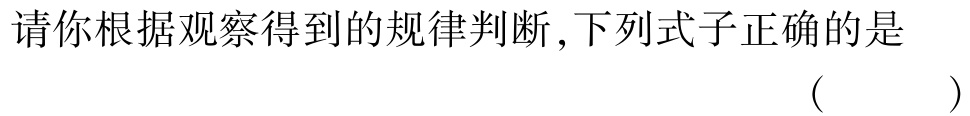
请你根据观察得到的规律判断,下列式子正确的是 （  ）